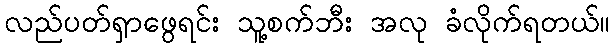
လည်ပတ်ရှာဖွေရင်း သူ့စက်ဘီး အလု ခံလိုက်ရတယ်။